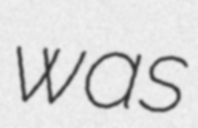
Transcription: was